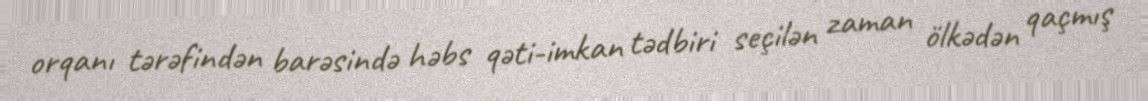
orqanı tərəfindən barəsində həbs qəti-imkan tədbiri seçilən zaman ölkədən qaçmış